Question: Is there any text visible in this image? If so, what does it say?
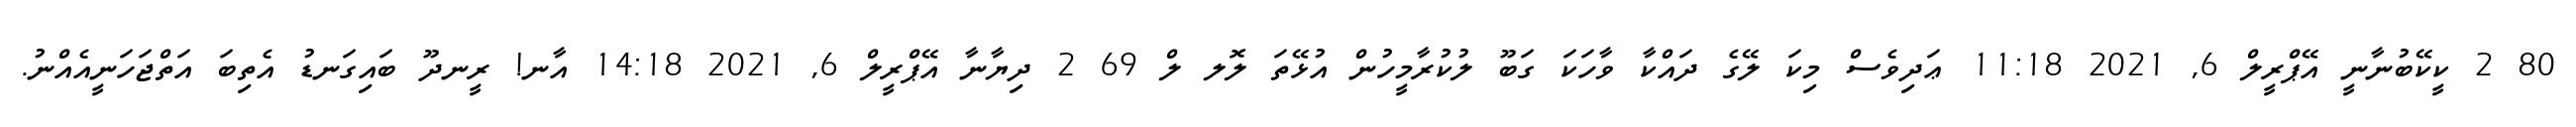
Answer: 80 2 ކީކޭބުނާނީ އޭޕްރީލް 6, 2021 11:18 ޢަދިވެސް މިކަ ލޭގެ ދައްކާ ވާހަކަ ގަބޫ ލުކުރާމީހުން އުޅޭތަ ލޮލ ލް 69 2 ދިޔާނާ އޭޕްރީލް 6, 2021 14:18 އާނ! ރީނދޫ ބައިގަނޑު އެތިބަ އަތްޖަހަނީއެއްނު.